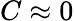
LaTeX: C\approx 0